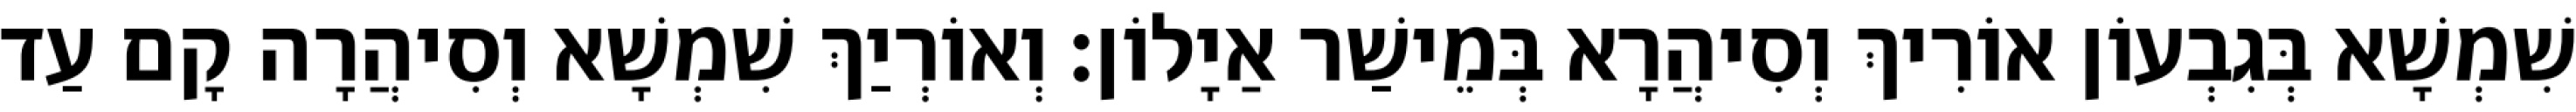
שִׁמְשָׁא בְּגִבְעוֹן אוֹרִיךְ וְסִיהֲרָא בְּמֵישַׁר אַיָלוֹן׃ וְאוֹרְיַךְ שִׁמְשָׁא וְסִיהֲרָה קָם עַד